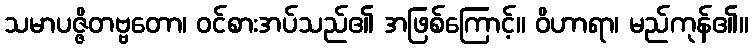
သမာပဇ္ဇိတဗ္ဗတော၊ ဝင်စားအပ်သည်၏ အဖြစ်ကြောင့်။ ဝိဟာရာ၊ မည်ကုန်၏။